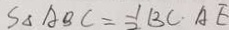
S _ { \Delta A B C } = \frac { 1 } { 2 } B C \cdot A E